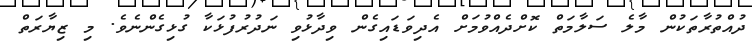
ދުއްތުރާތަކުން މާލެ ސަލާމަތް ކޮށްދެއްވުމަށް އެދިވަޑައިގެން ވިދާޅުވި ނަދުރުފުޅަކާ ގުޅިގެންނެވެ. މި ޒިޔާރަތް